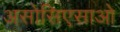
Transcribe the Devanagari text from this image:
असोसिएसाओ